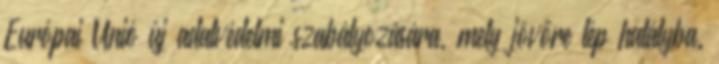
Európai Unió új adatvédelmi szabályozására, mely jövőre lép hatályba.